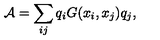
{ \cal A } = \sum _ { i j } q _ { i } G ( x _ { i } , x _ { j } ) q _ { j } ,